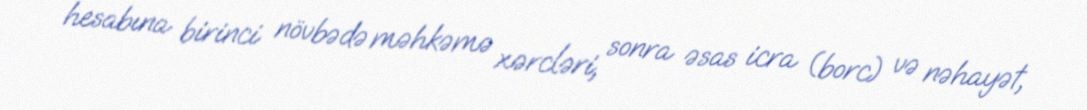
hesabına birinci növbədə məhkəmə xərcləri, sonra əsas icra (borc) və nəhayət,